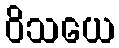
ဝိသယေ